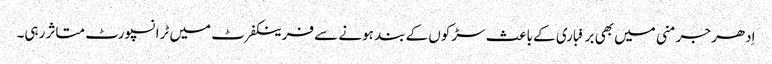
اِدھر جرمنی میں بھی برفباری کے باعث سڑکوں کے بند ہونے سے فرینکفرٹ میں ٹرانسپورٹ متاثر رہی۔